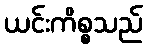
ယင်းကိစ္စသည်